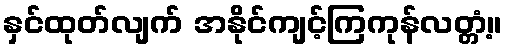
နှင်ထုတ်လျက် အနိုင်ကျင့်ကြကုန်လတ္တံ့။